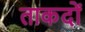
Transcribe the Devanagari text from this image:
ताकदों